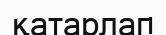
қатарлап